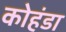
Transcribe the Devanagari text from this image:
कोहंडा